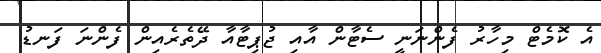
އެ ކޮމެޓް މިހާރު ފެންނަނީ ސެޓާން އާއި ޖުޕިޓާއާ ދޭތެރެއިން ފެންނަ ފަނޑު